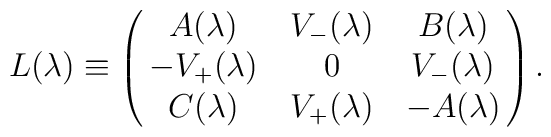
L(\lambda) \equiv  \pmatrix{A(\lambda) &V\sb-(\lambda)&B(\lambda)\cr-V\sb+(\lambda)&0&V\sb -(\lambda)\cr C(\lambda)&V\sb+(\lambda)&-A(\lambda)}.